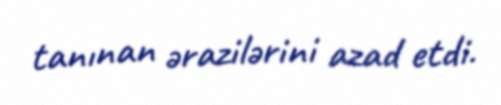
tanınan ərazilərini azad etdi.